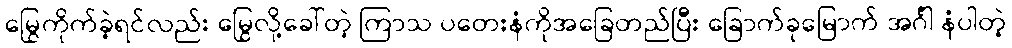
မြွေကိုက်ခဲ့ရင်လည်း မြွေလို့ခေါ်တဲ့ ကြာသ ပတေးနံကိုအခြေတည်ပြီး ခြောက်ခုမြောက် အင်္ဂါ နံပါတဲ့